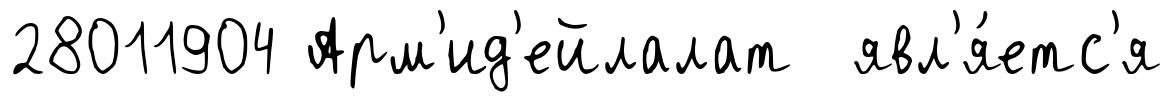
28011904 Арм'ид'ейлалат явл'я́етс'я